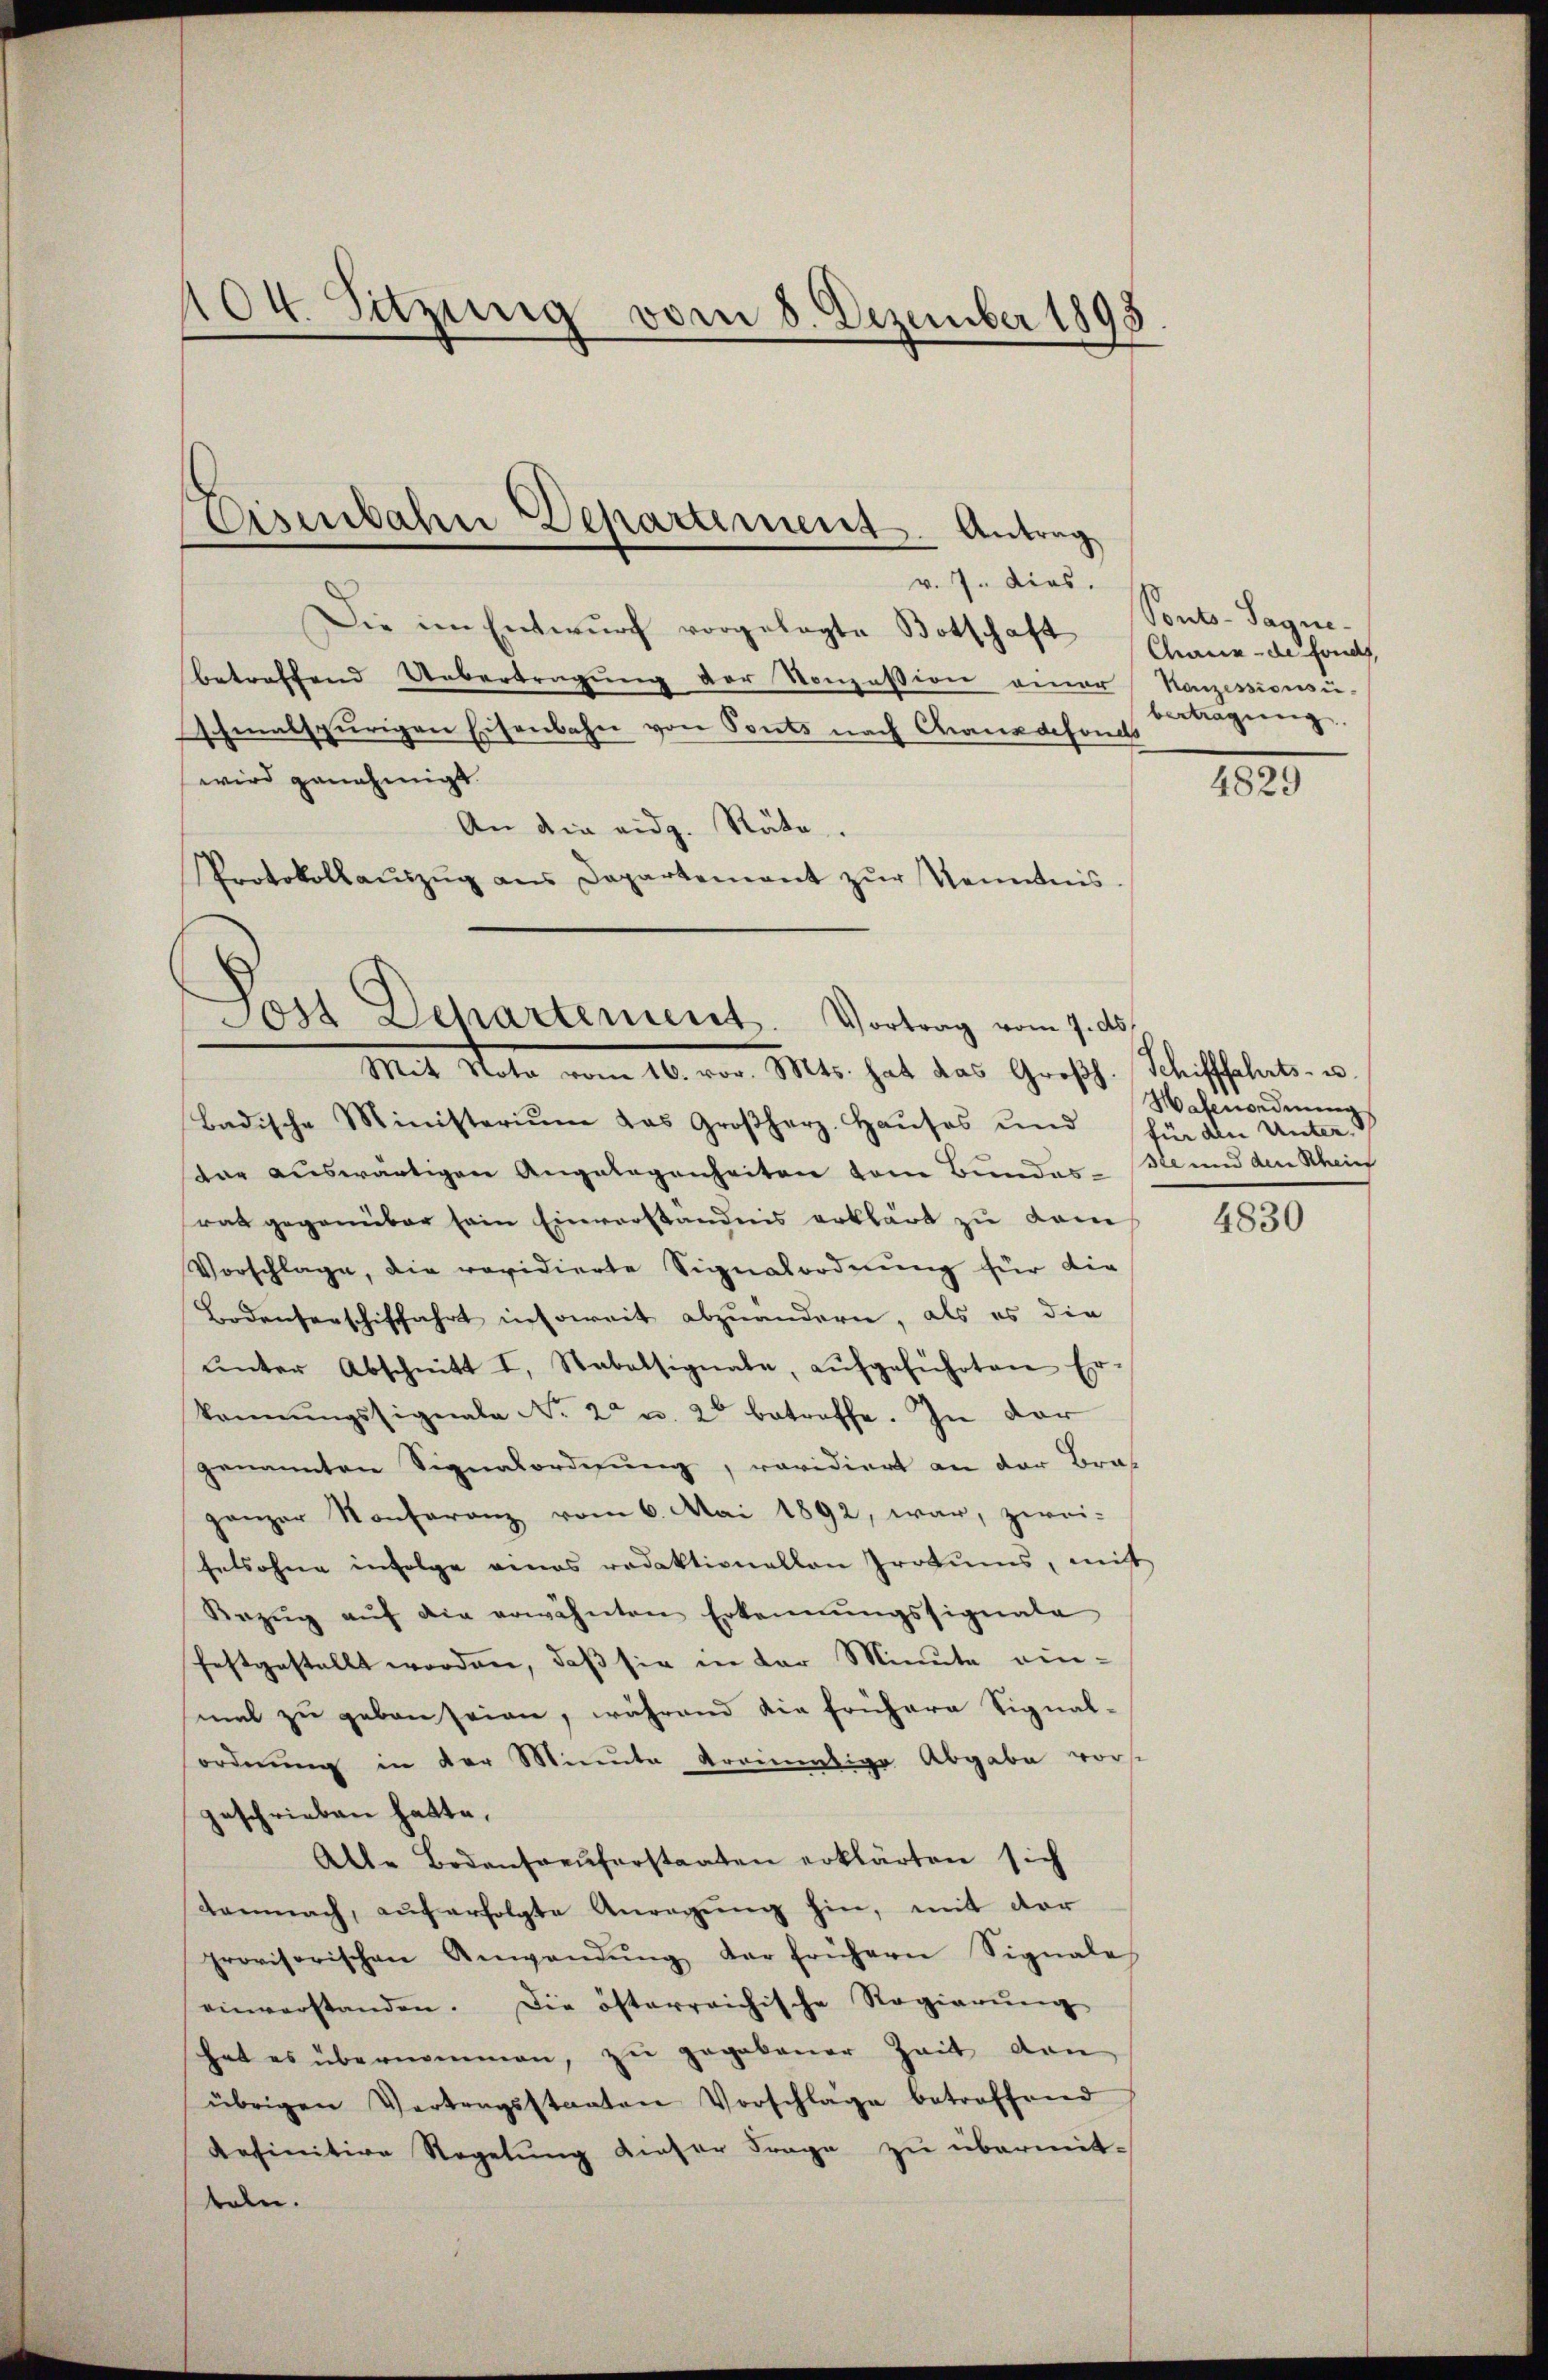
104. Sitzung vom 8. Dezember 1898

Die im Entwurf vorgelegte Botschaft Chane de fonds,
betreffend Uebertragung der Konzession einer Kanzessionsu-
Ichmalspurigen Eisenbahn von Ponts nach Chaus defonds
wird genehmigt.
An die eidg. Räte.
Protokollaŭszŭg ans Departement zŭr Kenntnis.

Eisenbahn Departement. Antrag
v. 7. dies.

Jost Departement. Vortrag vom 7. ds.
Mit Nota vom 16. vor. Mts. hat das Groβh. Schifffahrts- u.

Badische Ministerium das Großherz. Haŭses und für den Unter-
dar auswärtiger Angelegenheiten vom Bundes Meund den Rhein
rat gegenüber sein Einverständnis erklärt zu dem
Vorschlage, die revidierte Signalordnung für die
Bodensenschiffahrt insoweit abzuändern, als es die
ŭnter Abschnitt I, Stabalsignale, aŭfgeführten Er-
konnŭngssignale Nr. 2 u. 2 betreffe. In der
genannten Signatordnung, revidiert an der Bra
ganzer Konferenz vom 6. Mai 1892, war, zwei-
fetsohne infolge eines redaktionallen Prokŭms, mit
Bezŭg aŭf die erwähnten Erkennŭngssignata
festgestellt worden, daß sie in der Minute ein-
mal zu geben seien, während die frühere Signal-
ordnung in der Minute dreimalige Abgabe vorst
geschrieben hatte.
Alle Bodenfreŭferstaaten erklärten sich
Demnach, aŭf erfolgte Anregŭng hin, mit der
provisorischen Anwendŭng der frühern Signale
einverstanden. Die österreichische Regierŭng
hat es übernommen, zu gegebener Zeit den
übrigen Vertragsstaaten Vorschläge betreffend
Refinitive Regelung dieser Frage zu übermit-
den.

Ponto- Sagen.
bertragung.

4829

Wahenordnung

4830